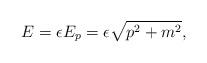
LaTeX: \begin{align*}E=\epsilon E_p=\epsilon \sqrt{p^2+m^2},\vspace{0.5in}\end{align*}